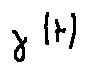
\gamma ( t )